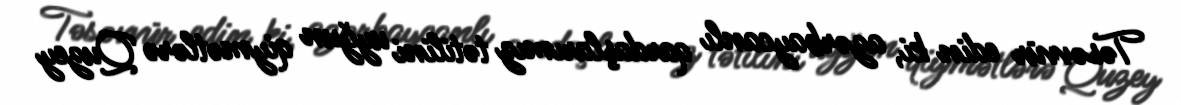
Təsəvvür edin ki, azərbaycanlı qardaşlarımız tətilini uyğun qiymətlərə Quzey